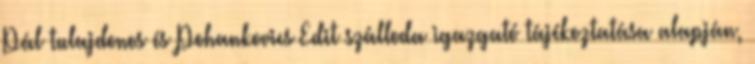
Pál tulajdonos és Pohankovics Edit szálloda igazgató tájékoztatása alapján,